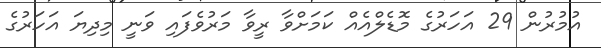
އުމުރުން 29 އަހަރުގެ މޮޑެލްއެއް ކަމަށްވާ ރީވާ މަރުވެފައި ވަނީ މިދިޔަ އަހަރުގެ